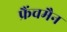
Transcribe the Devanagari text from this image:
फ्रैंचमैन